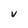
Character: V